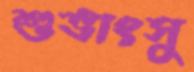
শুভাংসু